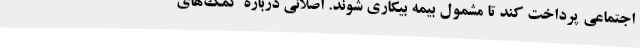
اجتماعی پرداخت کند تا مشمول بیمه بیکاری شوند. اصلانی درباره کمک‌های